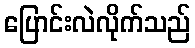
ပြောင်းလဲလိုက်သည်